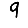
Digit: 9